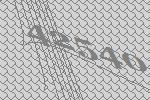
42540